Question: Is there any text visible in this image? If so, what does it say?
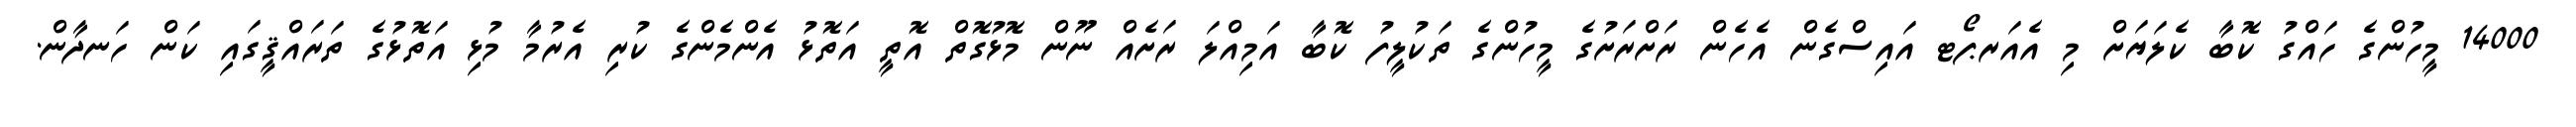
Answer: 14000 މީހުންގެ ހައްގު ކޮބާ ކެލަޔަށް މި އެއަރޕޯޓ އައިސްގެން އެހެން ރަށްރަށުގެ މީހުންގެ ތަކުލީފު ކޮބާ އަމިއްލަ ރަށެއް ނޫން މޮޅުގޮތް އޮތީ އަތޮޅު އެންމެންގެ ކުރި އެރުމާ މުޅި އަތޮޅުގެ ތަރައްޤީގައި ކަން ހަނދާން.